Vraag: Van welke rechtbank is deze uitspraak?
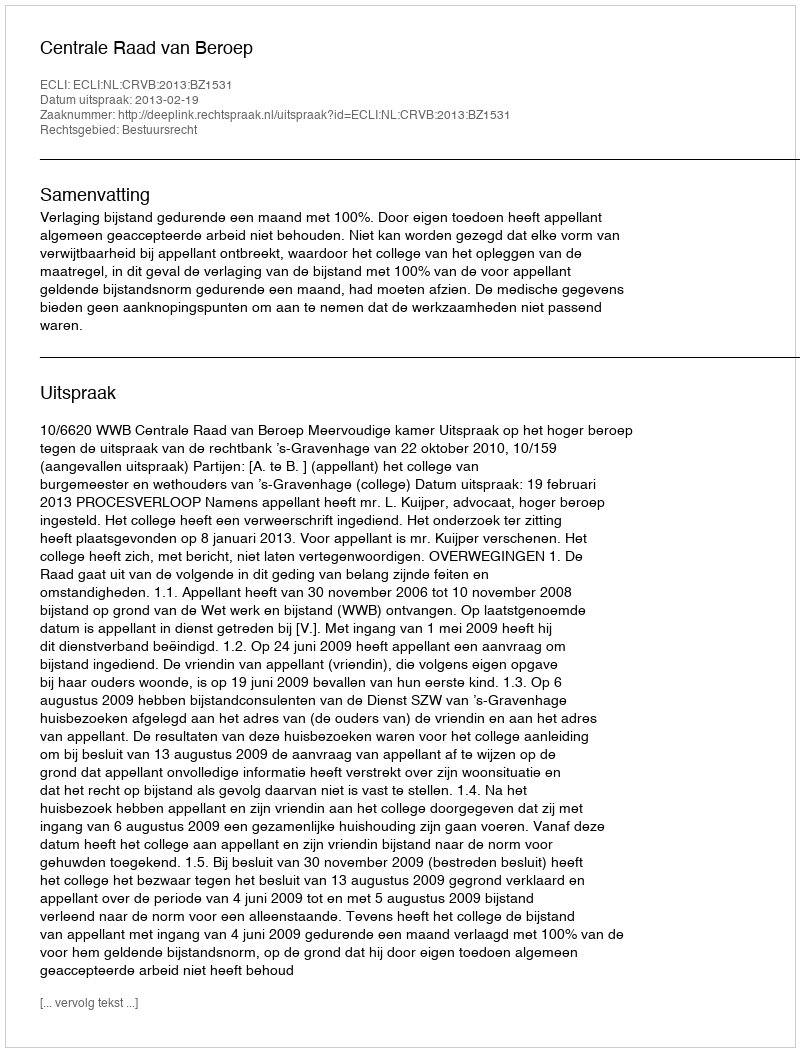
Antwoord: Centrale Raad van Beroep